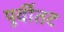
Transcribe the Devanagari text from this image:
पूर्वीतट